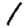
Digit: 1